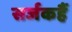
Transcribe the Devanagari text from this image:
सर्जकहैं